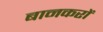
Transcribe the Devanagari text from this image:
बानकरों